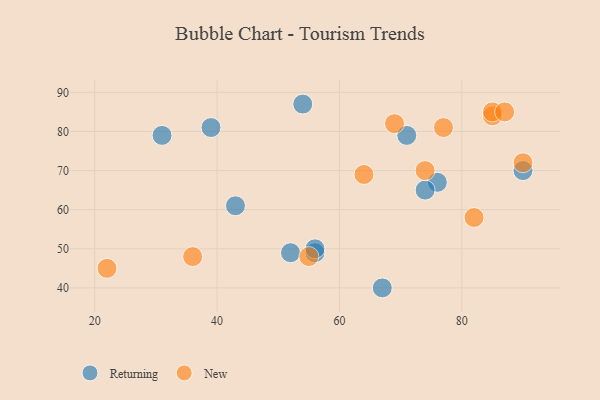
{"axis": {"x": "GDP", "y": "Life Expectancy"}, "legend": ["New", "Returning"], "data": [{"x": "76", "y": 67, "type": "Returning"}, {"x": "54", "y": 87, "type": "Returning"}, {"x": "56", "y": 49, "type": "Returning"}, {"x": "52", "y": 49, "type": "Returning"}, {"x": "56", "y": 50, "type": "Returning"}, {"x": "31", "y": 79, "type": "Returning"}, {"x": "43", "y": 61, "type": "Returning"}, {"x": "67", "y": 40, "type": "Returning"}, {"x": "90", "y": 70, "type": "Returning"}, {"x": "39", "y": 81, "type": "Returning"}, {"x": "71", "y": 79, "type": "Returning"}, {"x": "74", "y": 65, "type": "Returning"}, {"x": "85", "y": 84, "type": "New"}, {"x": "90", "y": 72, "type": "New"}, {"x": "85", "y": 85, "type": "New"}, {"x": "36", "y": 48, "type": "New"}, {"x": "55", "y": 48, "type": "New"}, {"x": "77", "y": 81, "type": "New"}, {"x": "22", "y": 45, "type": "New"}, {"x": "64", "y": 69, "type": "New"}, {"x": "74", "y": 70, "type": "New"}, {"x": "82", "y": 58, "type": "New"}, {"x": "87", "y": 85, "type": "New"}, {"x": "69", "y": 82, "type": "New"}]}